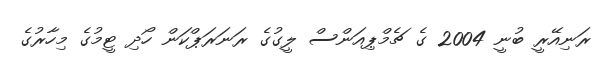
ރަނިއޭރީ ބުނީ 2004 ގެ ޗެމްޕިއަންސް ލީގުގެ ރަނަރަޕްކަން ހޯދި ޓީމުގެ މިހާރުގެ